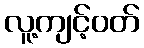
လူ့ကျင့်ဝတ်